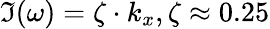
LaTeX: \Im(\omega)=\zeta\cdot k_{x},\zeta\approx 0.25